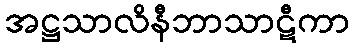
အဋ္ဌသာလိနီဘာသာဋီကာ